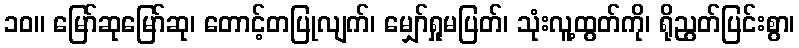
၁၀။ မြော်ဆုမြော်ဆု၊ တောင့်တပြုလျက်၊ မျှော်ရှုမပြတ်၊ သုံးလူ့ထွတ်ကို၊ ရိုညွတ်ပြင်းစွာ၊